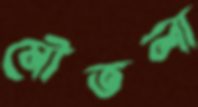
মৌতলা